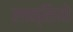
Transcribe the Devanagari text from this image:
लान्सियो